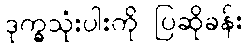
ဒုက္ခသုံးပါးကို ပြဆိုခန်း